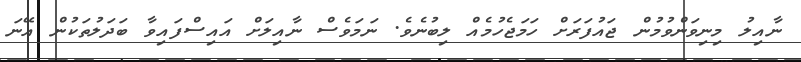
ނާއިލު މިނިވަންވުމުން ޖައުފަރަށް ހަމަޖެހުމެއް ލިބުނެވެ. ނަމަވެސް ނާއިލަށް އައިސްފައިވާ ބަދަލުތަކުން އޭނަ